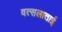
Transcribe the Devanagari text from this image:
वत्सलाताई